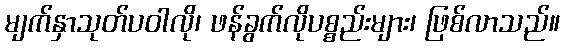
မျက်နှာသုတ်ပဝါလို၊ ဖန်ခွက်လိုပစ္စည်းများ၊ ဖြစ်လာသည်။